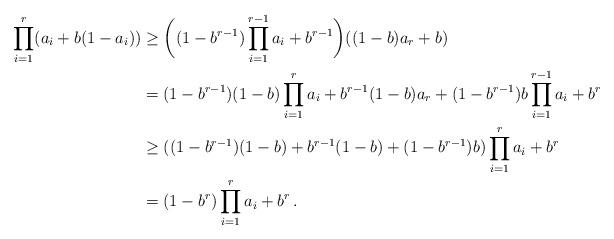
LaTeX: \begin{align*}\prod_{i=1}^r (a_i + b(1-a_i)) &\ge \biggl((1-b^{r-1}) \prod_{i=1}^{r-1} a_i + b^{r-1}\biggr)((1-b)a_r + b)\\&= (1-b^{r-1})(1-b) \prod_{i=1}^{r} a_i + b^{r-1}(1-b)a_r + (1-b^{r-1})b \prod_{i=1}^{r-1} a_i+b^r\\&\ge ((1-b^{r-1})(1-b) + b^{r-1} (1-b) + (1-b^{r-1})b)\prod_{i=1}^r a_i + b^r\\&= (1-b^r)\prod_{i=1}^r a_i + b^r\,.\end{align*}